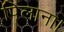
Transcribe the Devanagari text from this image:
पिलाना।